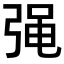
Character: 𭚷